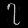
Digit: ၇